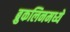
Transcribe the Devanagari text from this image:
ब्रुकलिनमध्ये